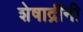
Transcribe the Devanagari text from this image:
शेषाद्रींनी